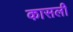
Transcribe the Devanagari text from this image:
कासली